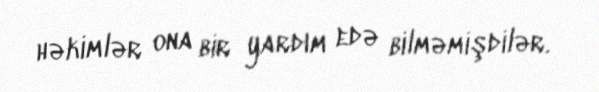
həkimlər ona bir yardım edə bilməmişdilər.